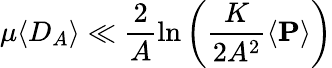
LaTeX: \mu\langle D_{A}\rangle\ll\frac{2}{A}\ln\left(\frac{K}{2A^{2}}\left<\mathbf{P}\right>\right)